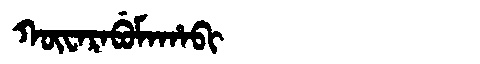
Manchu: ᡴᡡᠸᠠᡵᠠᠪᡠᠮᠠᡥᠠᠪᡳ
Romanization: KŪWARABUMAHABI